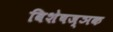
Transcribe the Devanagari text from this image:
विशेषज्ञक